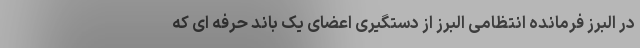
در البرز فرمانده انتظامی البرز از دستگیری اعضای یک باند حرفه ای که